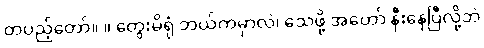
တပည့်တော်။ ။ တွေးမိရုံ ဘယ်ကမှာလဲ၊ သေဖို့ အတော် နီးနေပြီလို့ဘဲ